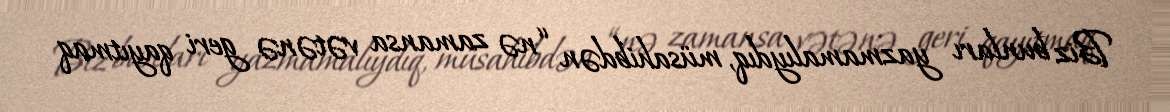
Biz bunları yazmamalıydıq, müsahibdən “nə zamansa vətənə geri qayıtmaq